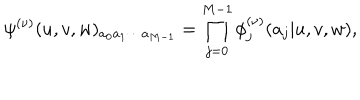
LaTeX: \psi ^ { ( \nu ) } ( u , v , w ) _ { a _ { 0 } a _ { 1 } \cdots a _ { M - 1 } } = \prod _ { j = 0 } ^ { M - 1 } \phi _ { j } ^ { ( \nu ) } ( a _ { j } | u , v , w ) ,